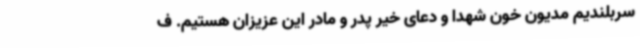
سربلندیم مدیون خون شهدا و دعای خیر پدر و مادر این عزیزان هستیم. ف